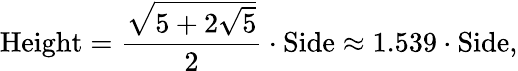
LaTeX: {\mathrm{Height}}={\frac{\sqrt{5+2{\sqrt{5}}}}{2}}\cdot{\mathrm{Side}}\approx 1.539\cdot{\mathrm{Side}},